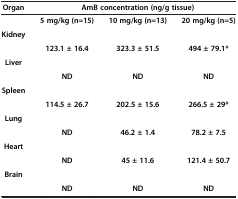
| Organ | <COLSPAN=3> AmB concentration (ng/g tissue) |
 | --- | --- | --- | --- |
 |  | 5 mg/kg (n=15) | 10 mg/kg (n=13) | 20 mg/kg (n=5) |
 | Kidney |  |  |  |
 |  | 123.1 ± 16.4 | 323.3 ± 51.5 | 494 ± 79.1* |
 | Liver |  |  |  |
 |  | ND | ND | ND |
 | Spleen |  |  |  |
 |  | 114.5 ± 26.7 | 202.5 ± 15.6 | 266.5 ± 29* |
 | Lung |  |  |  |
 |  | ND | 46.2 ± 1.4 | 78.2 ± 7.5 |
 | Heart |  |  |  |
 |  | ND | 45 ± 11.6 | 121.4 ± 50.7 |
 | Brain |  |  |  |
 |  | ND | ND | ND |